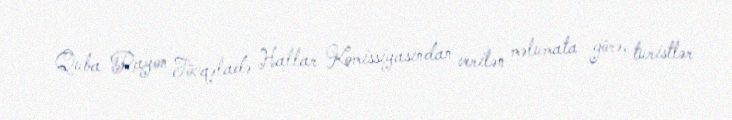
Quba Rayon Fövqəladə Hallar Komissiyasından verilən məlumata görə, turistlər